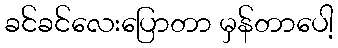
ခင်ခင်လေးပြောတာ မှန်တာပေါ့